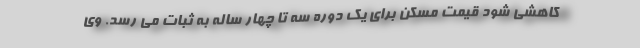
کاهشی شود قیمت مسکن برای یک دوره سه تا چهار ساله به ثبات می رسد. وی